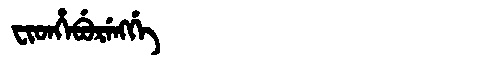
Manchu: ᠸᡳᡨᡥᡝᠪᡠᡵᡝᠩᡤᡝ
Romanization: FITHEBURENGGE